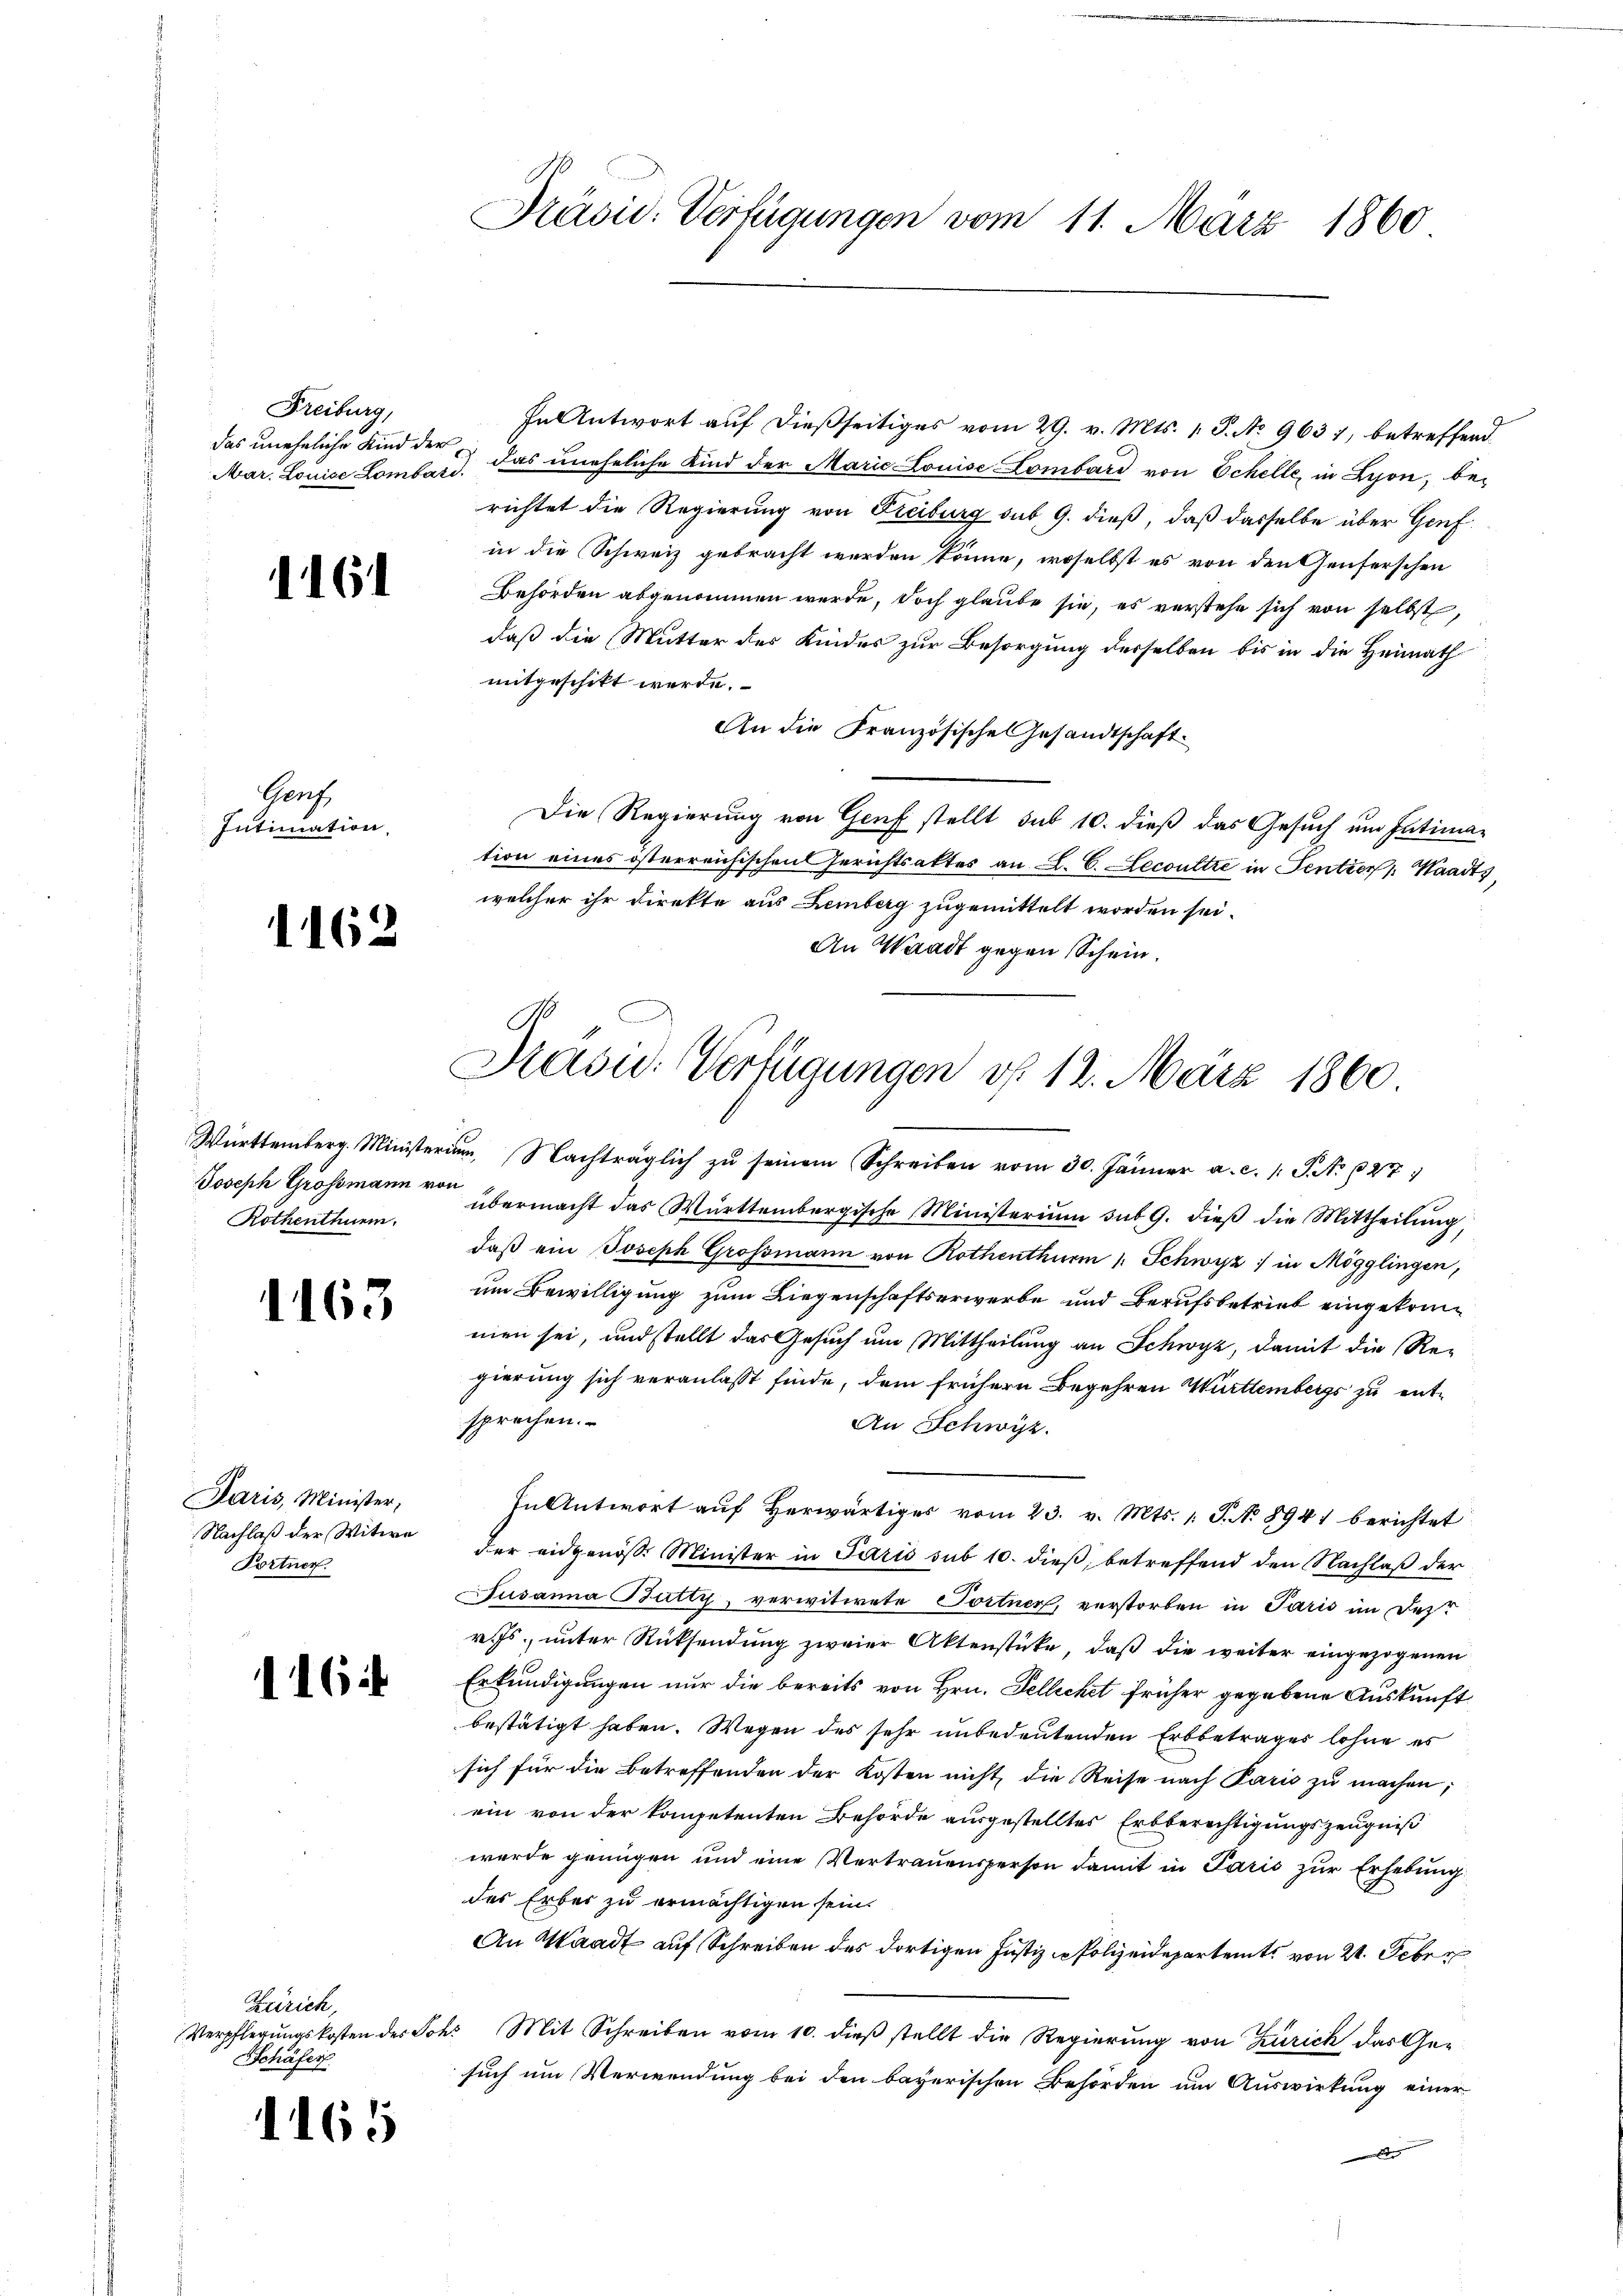
Freiburg,
Mar. Louise Lombard.

1161

Gers.
Intimation

1162

Joseph Grossmann von
Rothenthurm.

1163

Paris, Minister,
Nachlaß der Witwe
Fortner.

116.

Zürich,
Schäfer

1165

In Antwort auf dießseitiges vom 29. v. Mts. 1. P. No 9637, betreffend
das uneheliche Kind der das uneheliche Kind der Marie Louise Lombard von Schelle, in Lyon, berichtet die Regierung von Freiburg sub. 9. dieß, daß dasselbe über Genf
in die Schweiz gebracht werden könne, woselbst es von den Genferschen
Behörden abgenommen werde, doch glaube sie, es verstehe sich von selbst,
daß die Mutter des Kindes zur Besorgung derselben bis in die Heimath
mitgeschikt werde.
An die Französische Gesandtschaft
Die Regierung von Genf stellt sub 10. dieß das Gesuch um Intimation eines österreichischen Gerichtsaktes an L. C. Lecoultre in Sentier Waadt,
welcher ihr direkte aus Lemberg zugemittelt worden sei.
An Waadt gegen Schein.

Präsid. Verfügungen vom 11. März 1860

Brasid. Verfügungen v. 12. März 1860

Württemberg. Ministerium, Nachträglich zu seinem Schreiben vom 30. Jänner a. c. l. J. N. 27
übermacht das Württembergische Ministerium sub 9. dieβ die Mittheilŭng,
daß ein Joseph Grossmann von Rothenthurm 1. Schwyz in Mögglingen,
um Bewilligung zum Liegenschaftserwerbe und Berufsbetrieb eingekommien sei, und stellt das Gesuch um Mittheilung an Schwyz, damit die Re-
gierung sich veranlasst finde, dem frühern Begehren Württembergs zu entsprechen.
An Schwyz.
In Antwort aŭf herwärtiges vom 23. v. Mts. 1. J. No 8941 berichtet
der eidgenösse Minister in Paris sub 10. dieß, betreffend den Nachlaß der
Jusanna Bütty, verwitwete Tortner, verstorben in Paris im Dez
v. Js., unter Rücksendung zweier Aktenstücke, daß die weiter eingezogenen
Erkundigungen nur die bereits von Hrn. Fellichet früher gegebene Auskunft
bestätigt haben. Wegen des sehr unbedeutenden Erbbetrages lohne es
sich für die Betreffenden der Kosten nicht, die Reise nach Paris zu machen;
ein von der kompetenten Behörde ausgestelltes Erbberechtigungszeugniß
wurde genügen und eine Vertrauensperson damit in Paris zur Erhebung
des Erber zu ermächtigen sein.
An Waadt auf Schreiben des dortigen Justiz & Polizeidepartent von 24. Feber
Verpflegŭngskosten der Joh. Mit Schreiben vom 10. dieβ stellt die Regierŭng von Zürich das Gesuch um Verwendung bei den bayerischen Behörden um Auswirkung einer